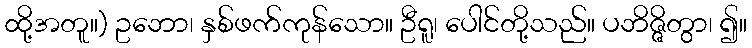
ထို့အတူ။) ဥဘော၊ နှစ်ဖက်ကုန်သော။ ဦရူ၊ ပေါင်တို့သည်။ ပဘိဇ္ဇိတွာ၊ ၍။